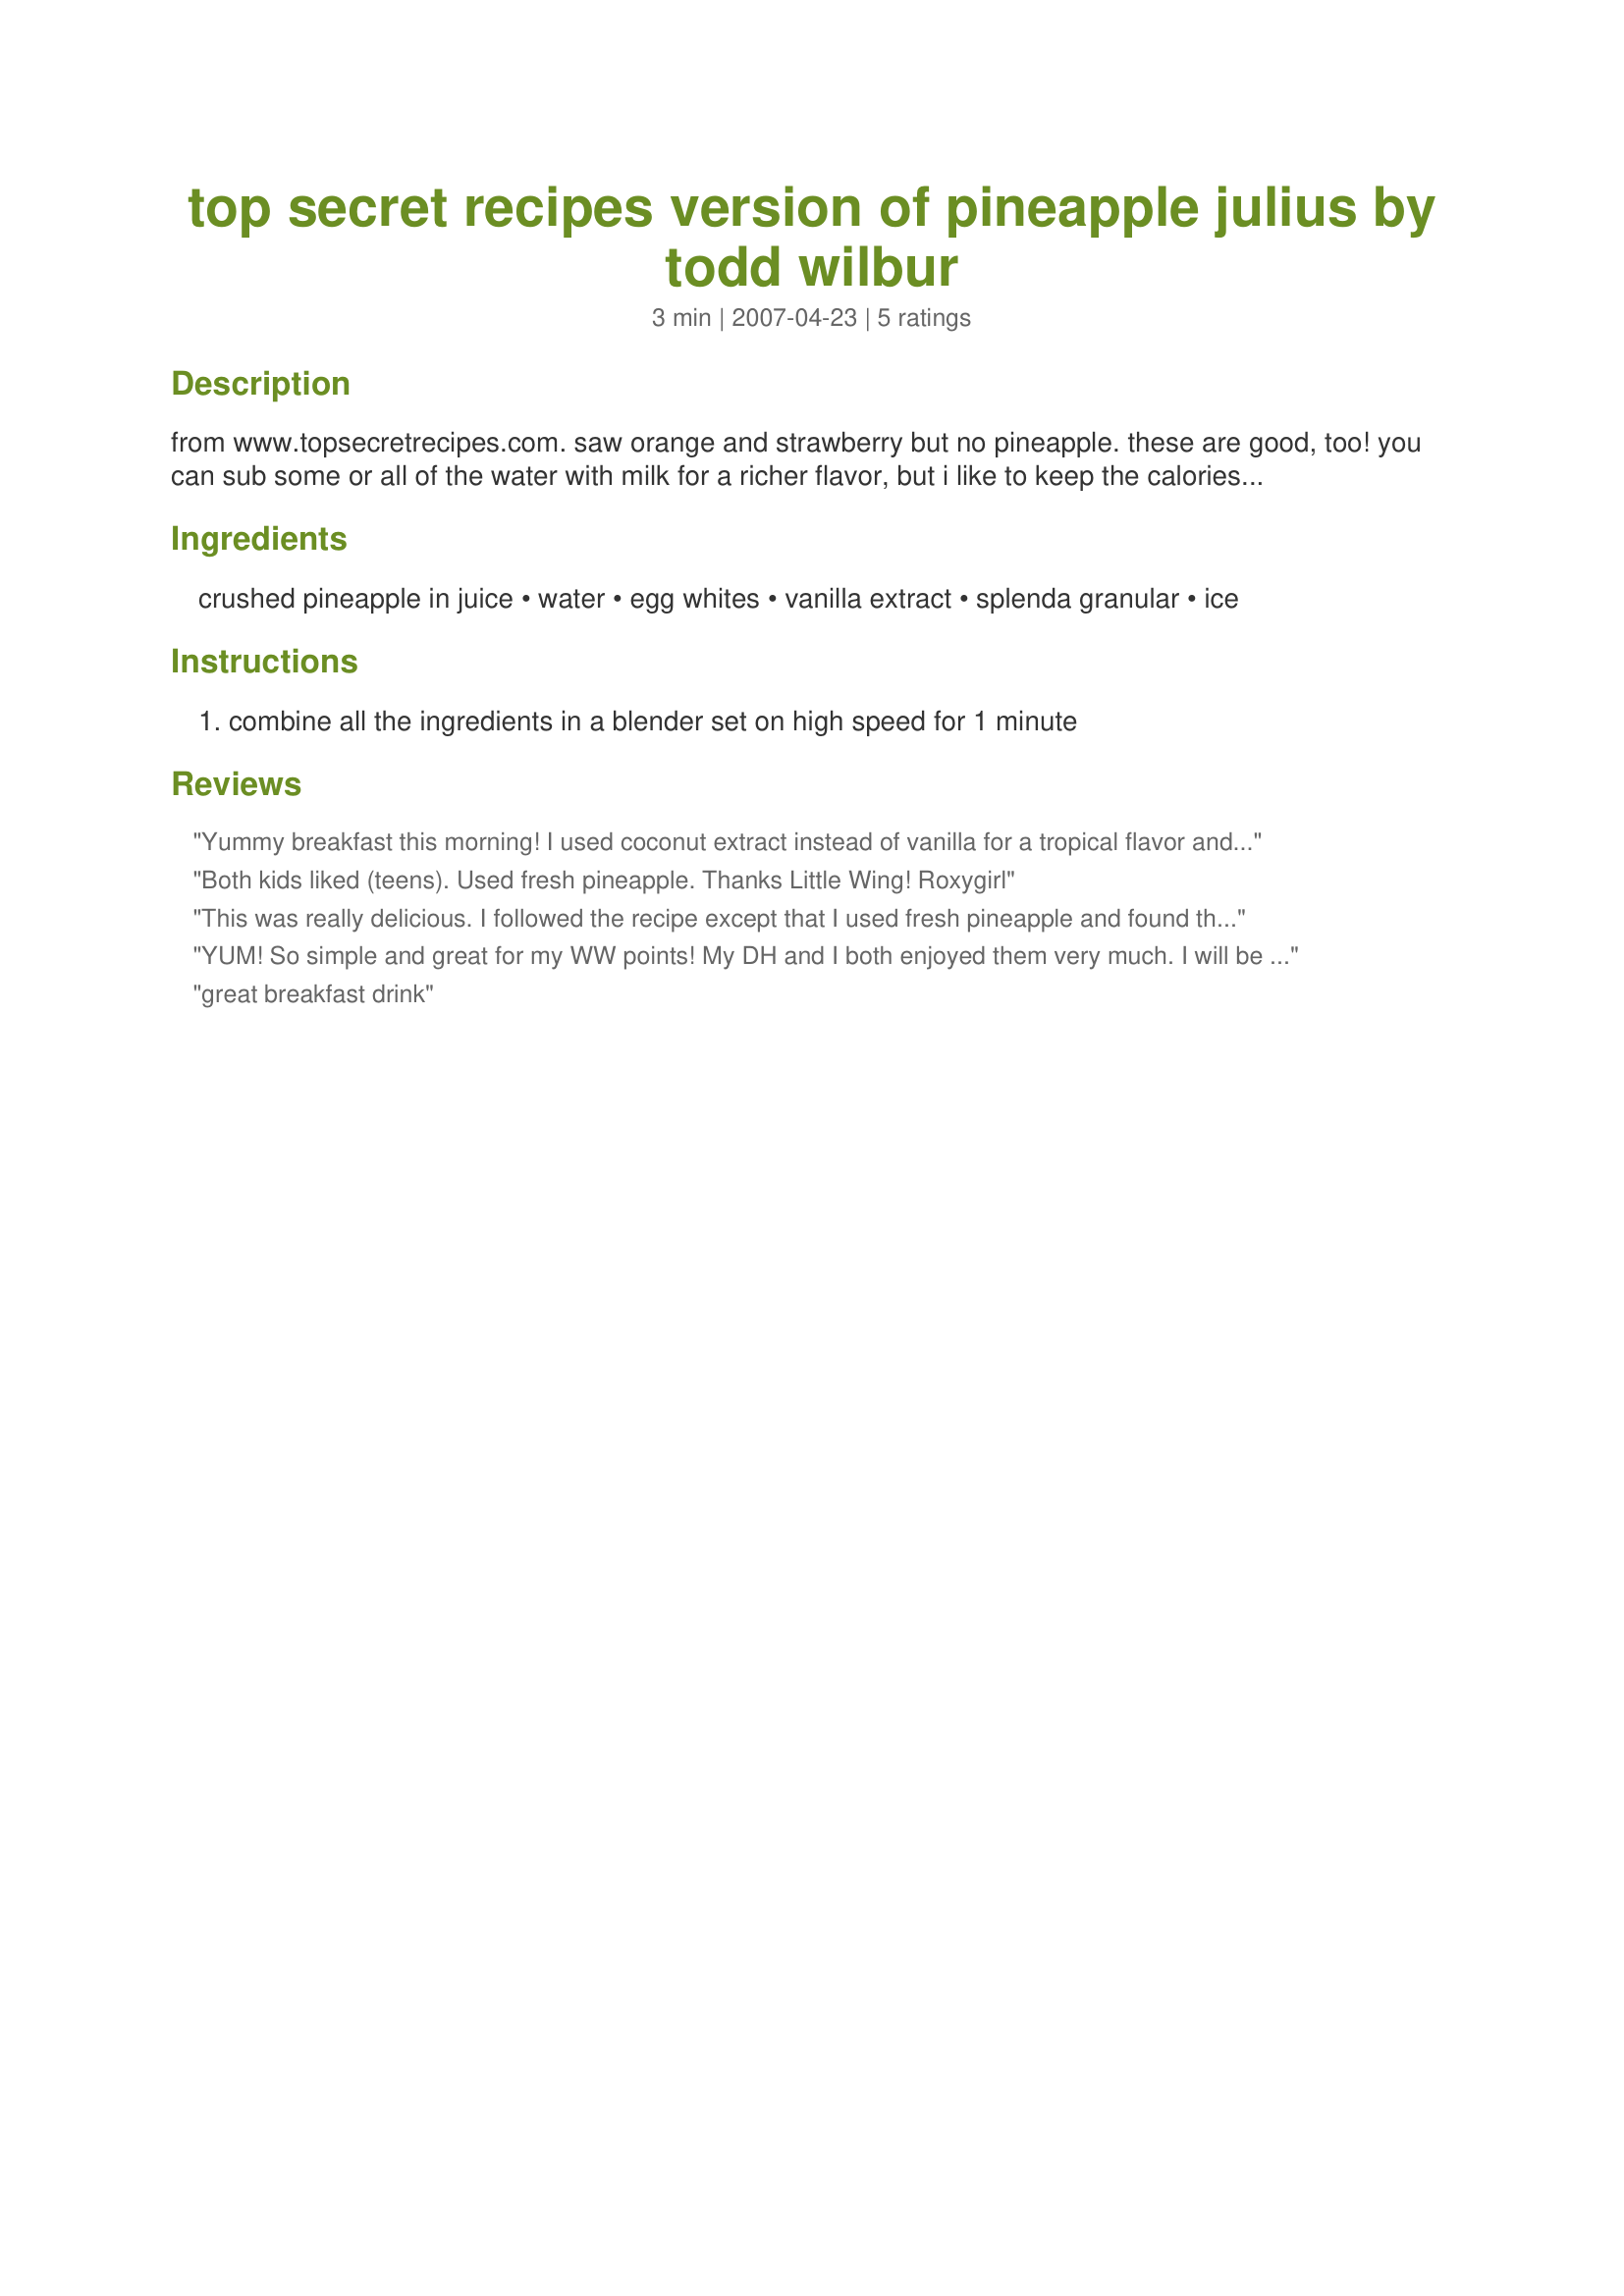
top secret recipes version of pineapple julius by todd wilbur
Preparation time: 3 minutes

from www.topsecretrecipes.com. saw orange and strawberry but no pineapple. these are good, too! you can sub some or all of the water with milk for a richer flavor, but i like to keep the calories low.

i found this recipe on some food blog or other but i have been advised
that it may originally have come top secret recipes. i cannot confirm or deny.

Ingredients:
crushed pineapple in juice, water, egg whites, vanilla extract, splenda granular, ice

Steps:
combine all the ingredients in a blender set on high speed for 1 minute

Reviews:
Yummy breakfast this morning! I used coconut extract instead of vanilla for a tropical flavor and then used 1/4 c skim milk and 1/4 c. plain non fat yogurt for some added calcium and protein. Thanks, little_wing! :D
Both kids liked (teens). Used fresh pineapple. Thanks Little Wing!
Roxygirl
This was really delicious. I followed the recipe except that I used fresh pineapple and found the vanilla to be overpowering. I'm not sure I remember a vanilla taste in the original pineapple julius. Was afraid of using so much splenda, but the sweetness (6pkt=1/4C) was perfect. Think I'll try using "just whites" rather than a raw fresh egg and leave out the vanilla next time.
YUM! So simple and great for my WW points! My DH and I both enjoyed them very much. I will be experimenting with other flavors, but pineapple will probably remain a favorite.

Thanks for posting!
great breakfast drink
